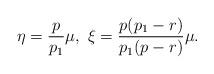
LaTeX: \begin{align*}\eta=\frac{p}{p_1}\mu,~\xi=\frac{p(p_1-r)}{p_1(p-r)}\mu.\end{align*}